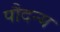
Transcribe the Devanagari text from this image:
पौदन्य